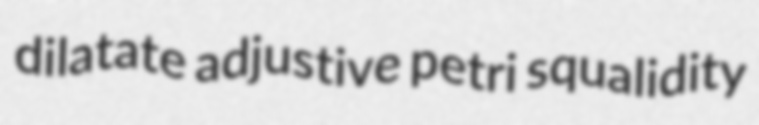
dilatate adjustive petri squalidity